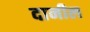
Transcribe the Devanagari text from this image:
दानील